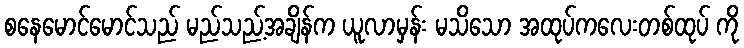
စနေမောင်မောင်သည် မည်သည့်အချိန်က ယူလာမှန်း မသိသော အထုပ်ကလေးတစ်ထုပ် ကို